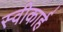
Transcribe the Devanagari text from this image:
स्वीकार्ह